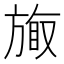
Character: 𪯽